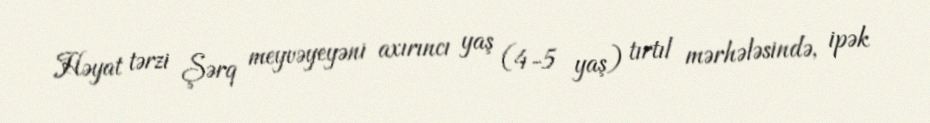
Həyat tərzi Şərq meyvəyeyəni axırıncı yaş (4-5 yaş) tırtıl mərhələsində, ipək